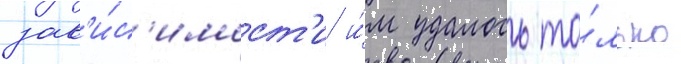
зав'и́с'имост'и и́м удалось то́лько